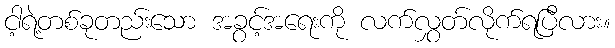
ငါ့ရဲ့တစ်ခုတည်းသော အခွင့်အရေးကို လက်လွှတ်လိုက်ရပြီလား။